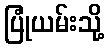
ပြုံယမ်းသို့